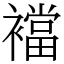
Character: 襠